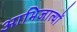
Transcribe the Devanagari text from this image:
आभिजात्यों